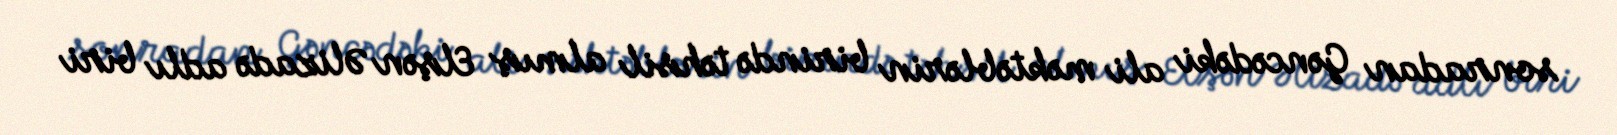
sonradan Gəncədəki ali məktəblərin birində təhsil almış Elşən Əlizadə adlı biri